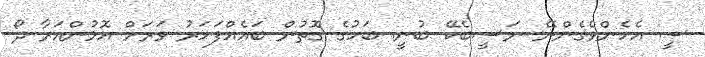
ސީ އެހެންވެގެންނޭ ނަސީބެކޭ ބުނީ. ބަހުގެ ގޮތުން ބައެއްފަހަރު ވަރަށް އޮޅުންއަރާ ދޯ